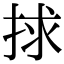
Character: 捄